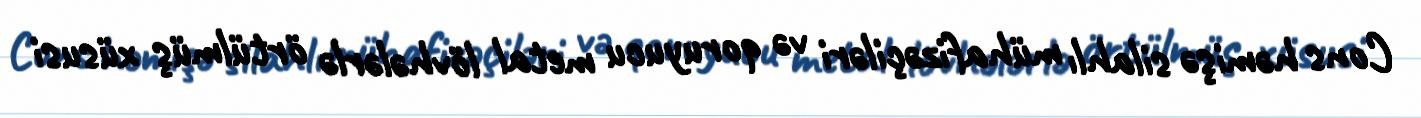
Cons həmişə silahlı mühafizəçiləri və qoruyucu metal lövhələrlə örtülmüş xüsusi